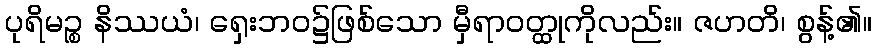
ပုရိမဉ္စ နိဿယံ၊ ရှေးဘဝ၌ဖြစ်သော မှီရာဝတ္ထုကိုလည်း။ ဇဟတိ၊ စွန့်၏။